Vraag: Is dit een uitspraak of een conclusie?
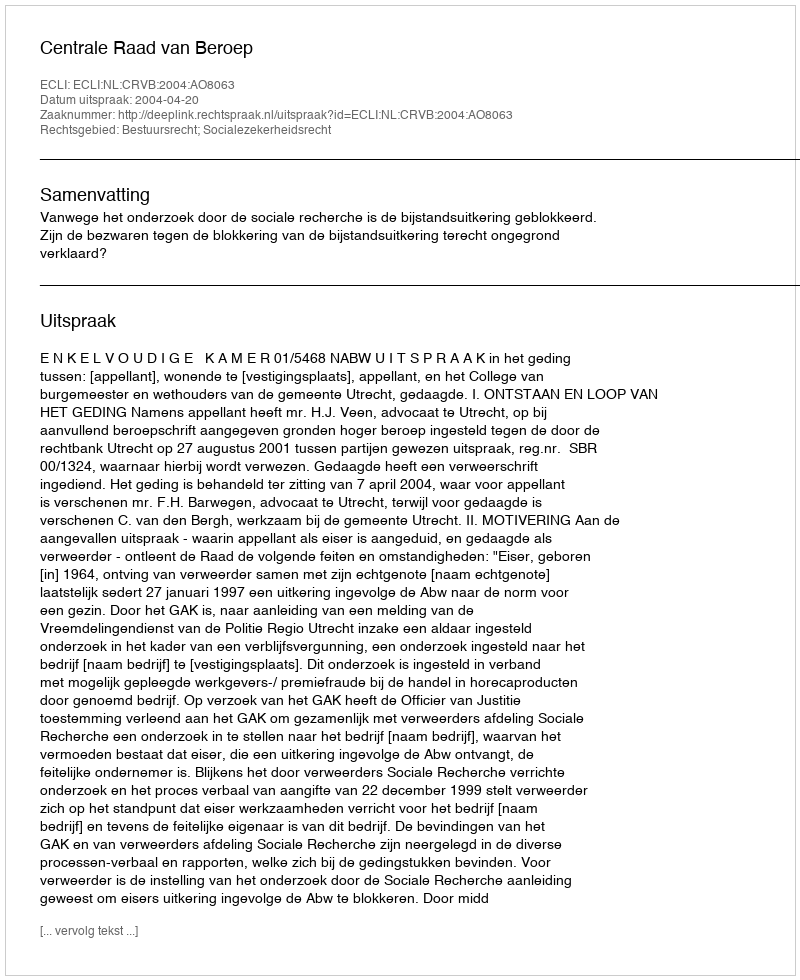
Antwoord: Uitspraak